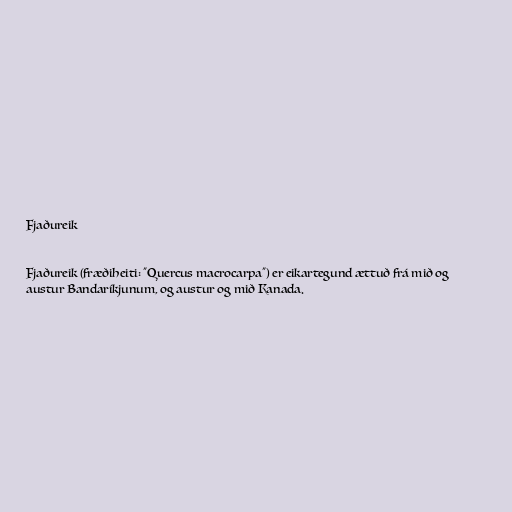
Fjaðureik

Fjaðureik (fræðiheiti: "Quercus macrocarpa") er eikartegund ættuð frá mið og
austur Bandaríkjunum, og austur og mið Kanada.